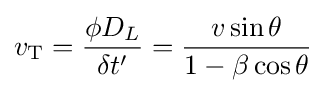
v_{\text{T}}={\frac {\phi D_{L}}{\delta t'}}={\frac {v\sin \theta }{1-\beta \cos \theta }}